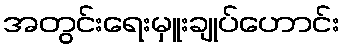
အတွင်းရေးမှူးချုပ်ဟောင်း